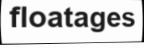
floatages